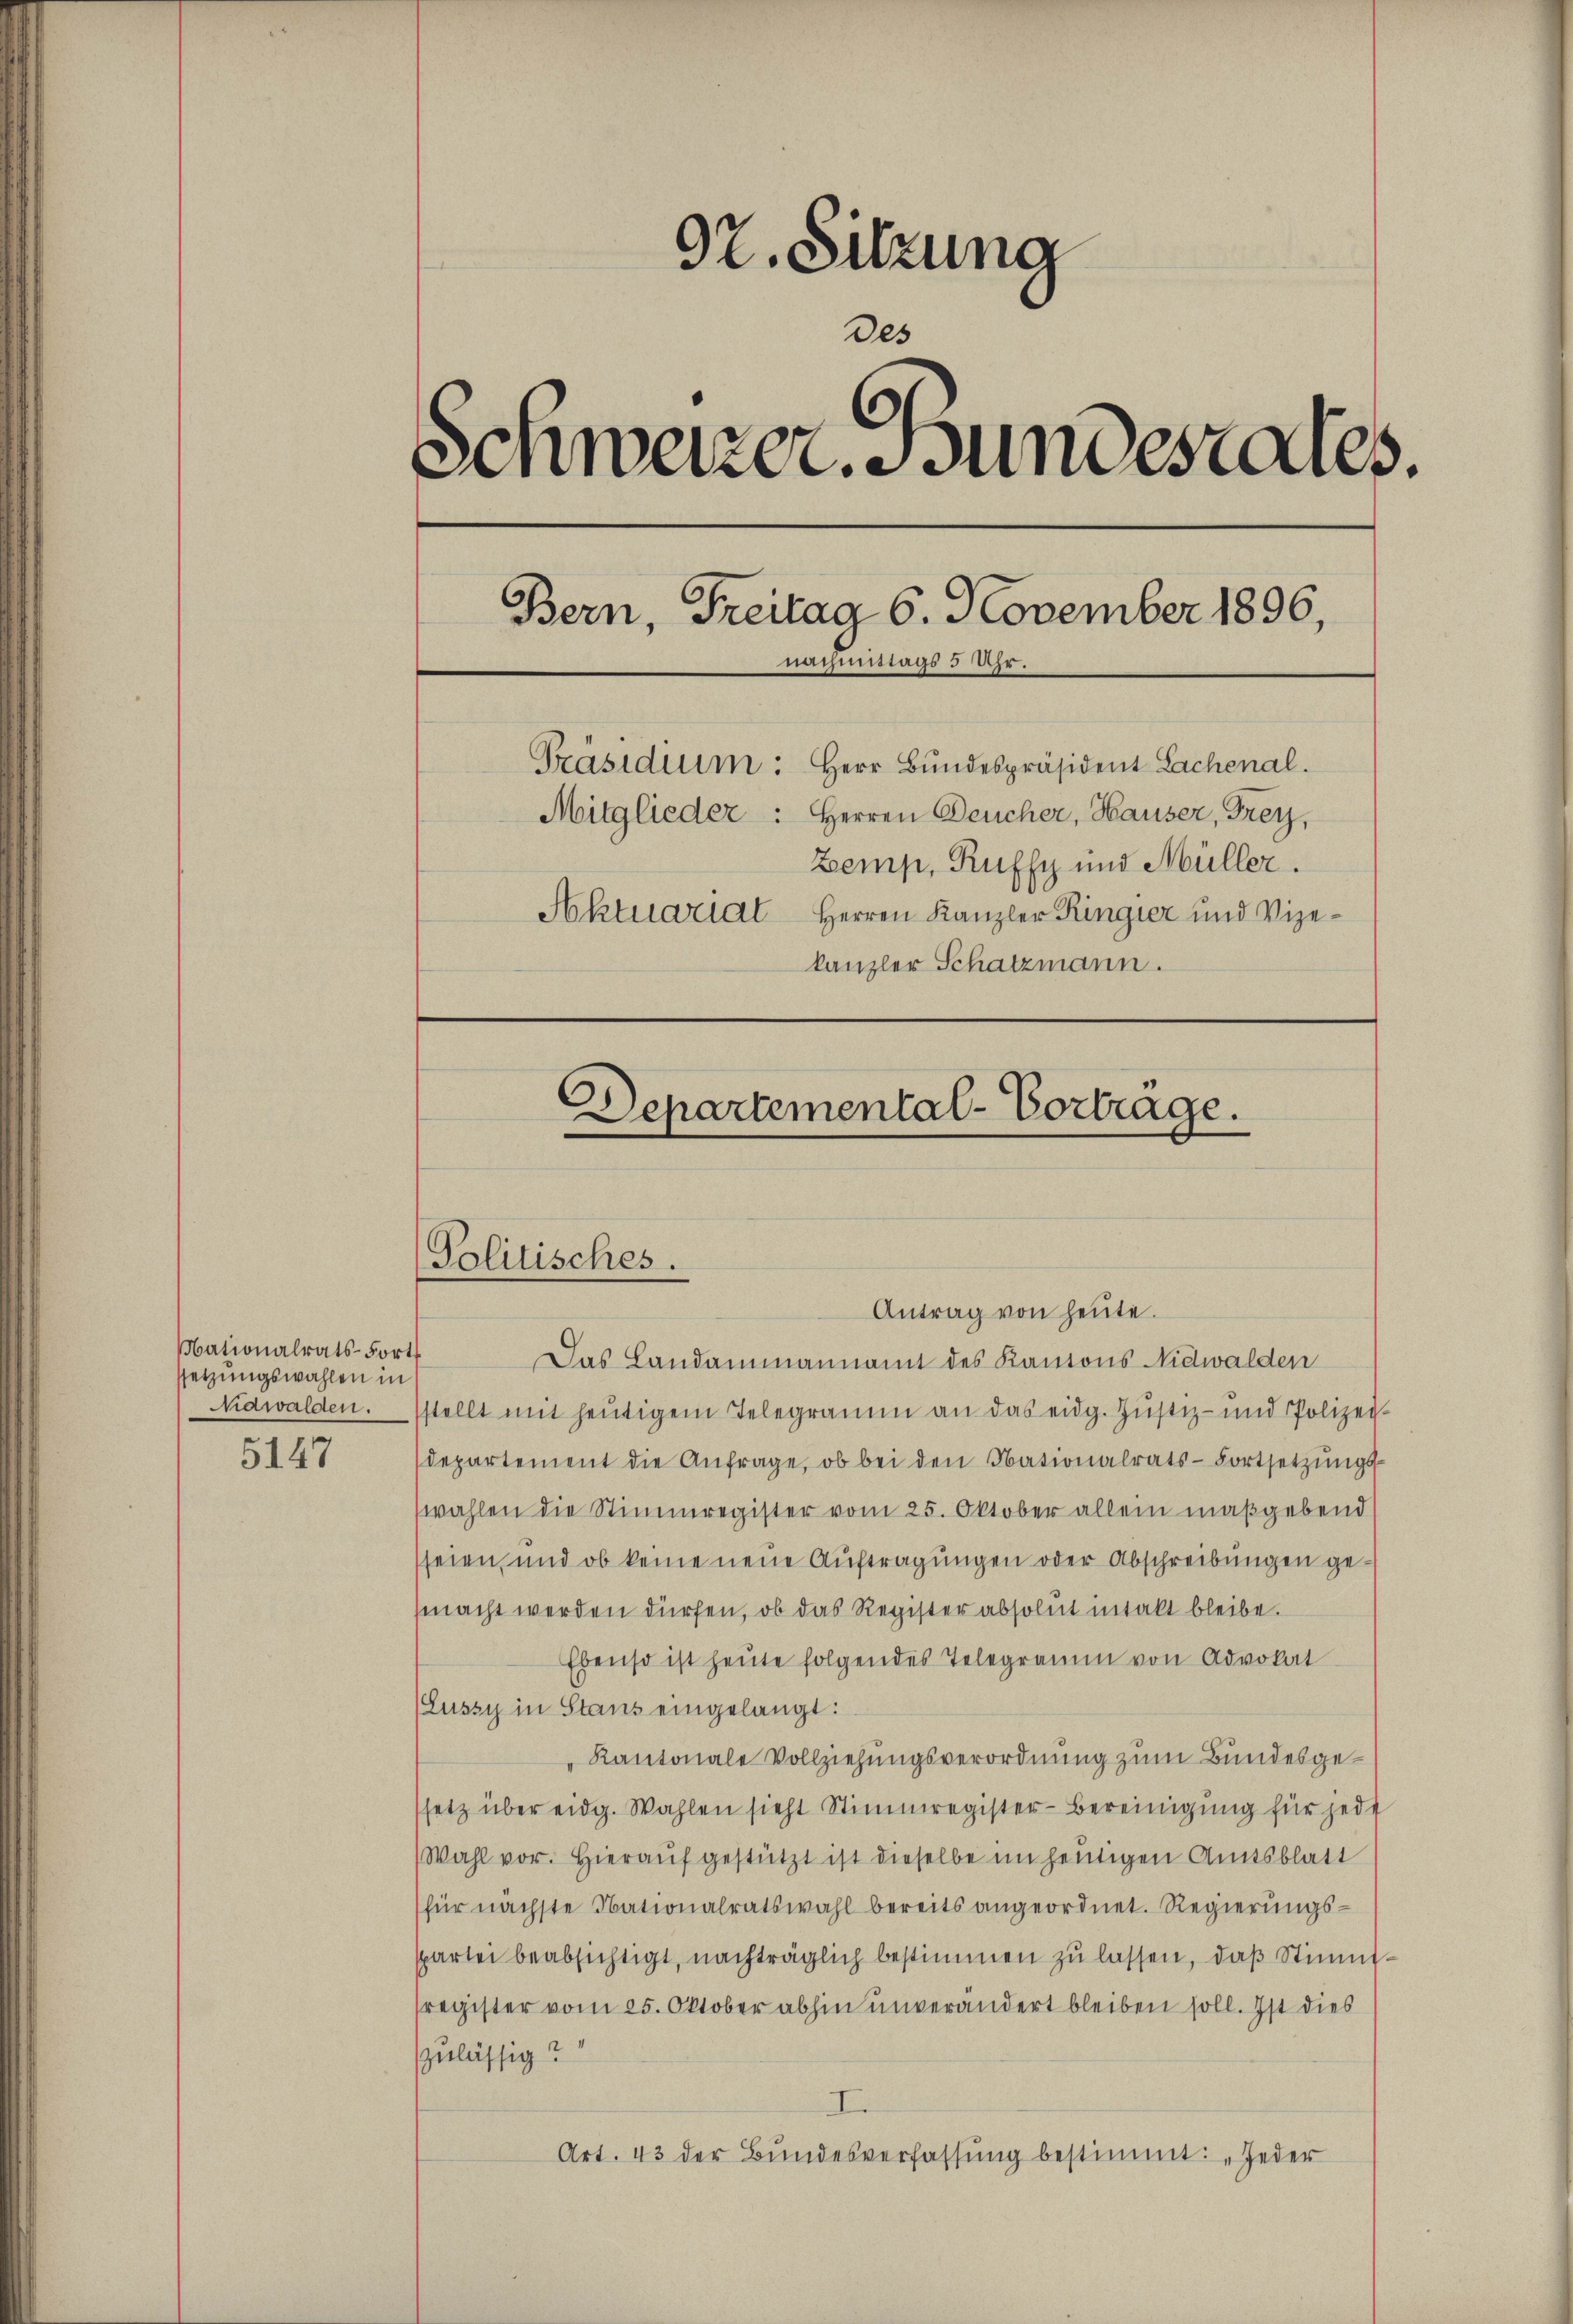
Maionalrats-Fort
ssetzungswahlen in
nawalden.

5147

97. Sitzung
Des
Schweizer. Bundesrates.
Bern, Freitag 6. November 1896,
nachmittags 3 Uhr.
Präsidium: Herr Bundespräsident Lachenal.
Mitglieder: Herren Deucher, Hauser, Frey,
Zemp, Ruffy und Müller.
Aktuarial Herren Kanzler Ringier und Vizekanzler Schatzmann.
Departemental-Vortrage.

(Politisches.
Antrag von heute.

Das Landammannamt des Kantons Nidwalden
stellt mit heŭtigem Telegramm an das eidg. Justiz- und Polizei-
departement die Anfrage, ob bei den Nationalrats-Fortsetzŭngs-
wahlen die Stimmregister vom 25. Oktober allein maßgebend
seien, und ob keine neue Auftragungen oder Abschreibungen gemacht werden dürfen, ob das Register absolut intakt bleibe.
Ebenso ist heŭte folgendes Telegramm von Advokat
(Lussy in Staus eingelangt:
Kantonale Vollziehungsverordnung zum Bundesgessetz über eidg. Wahlen sieht Stimmregister-Bereinigung für jede
Wahl vor. Hieraŭf gestützt ist dieselbe im heutigen Amtsblatt
für nächste Nationalratswahl bereits angeordnet. Regierungsspartei beabsichtigt, nachträglich bestimmen zu lassen, daß Stimmtsregister vom 25. Oktober abhin unverändert bleiben soll. Ist dies
zulässig?
I.
Art. 43 der Bŭndesverfassŭng bestimmt: „Jeder